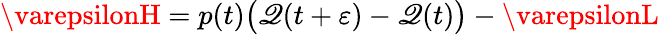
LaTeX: \varepsilonH=p(t){\big(}\mathscr{Q}(t+\varepsilon)-\mathscr{Q}(t){\big)}-\varepsilonL